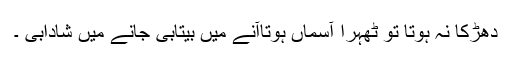
دھڑکا نہ ہوتا تو ٹھہرا آسماں ہوتاآنے میں بیتابی جانے میں شادابی ۔